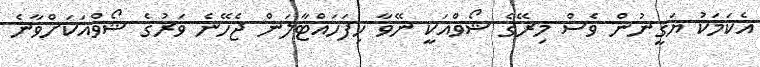
އެކަމަކު ޔަގީނުން ވެސް މިރޭގެ ޝޯވްއަކީ ނޭވާ ހިފަހައްޓާލަން ޖެހޭނެ ވަރުގެ ޝޯވްއަކަށްވާނެ